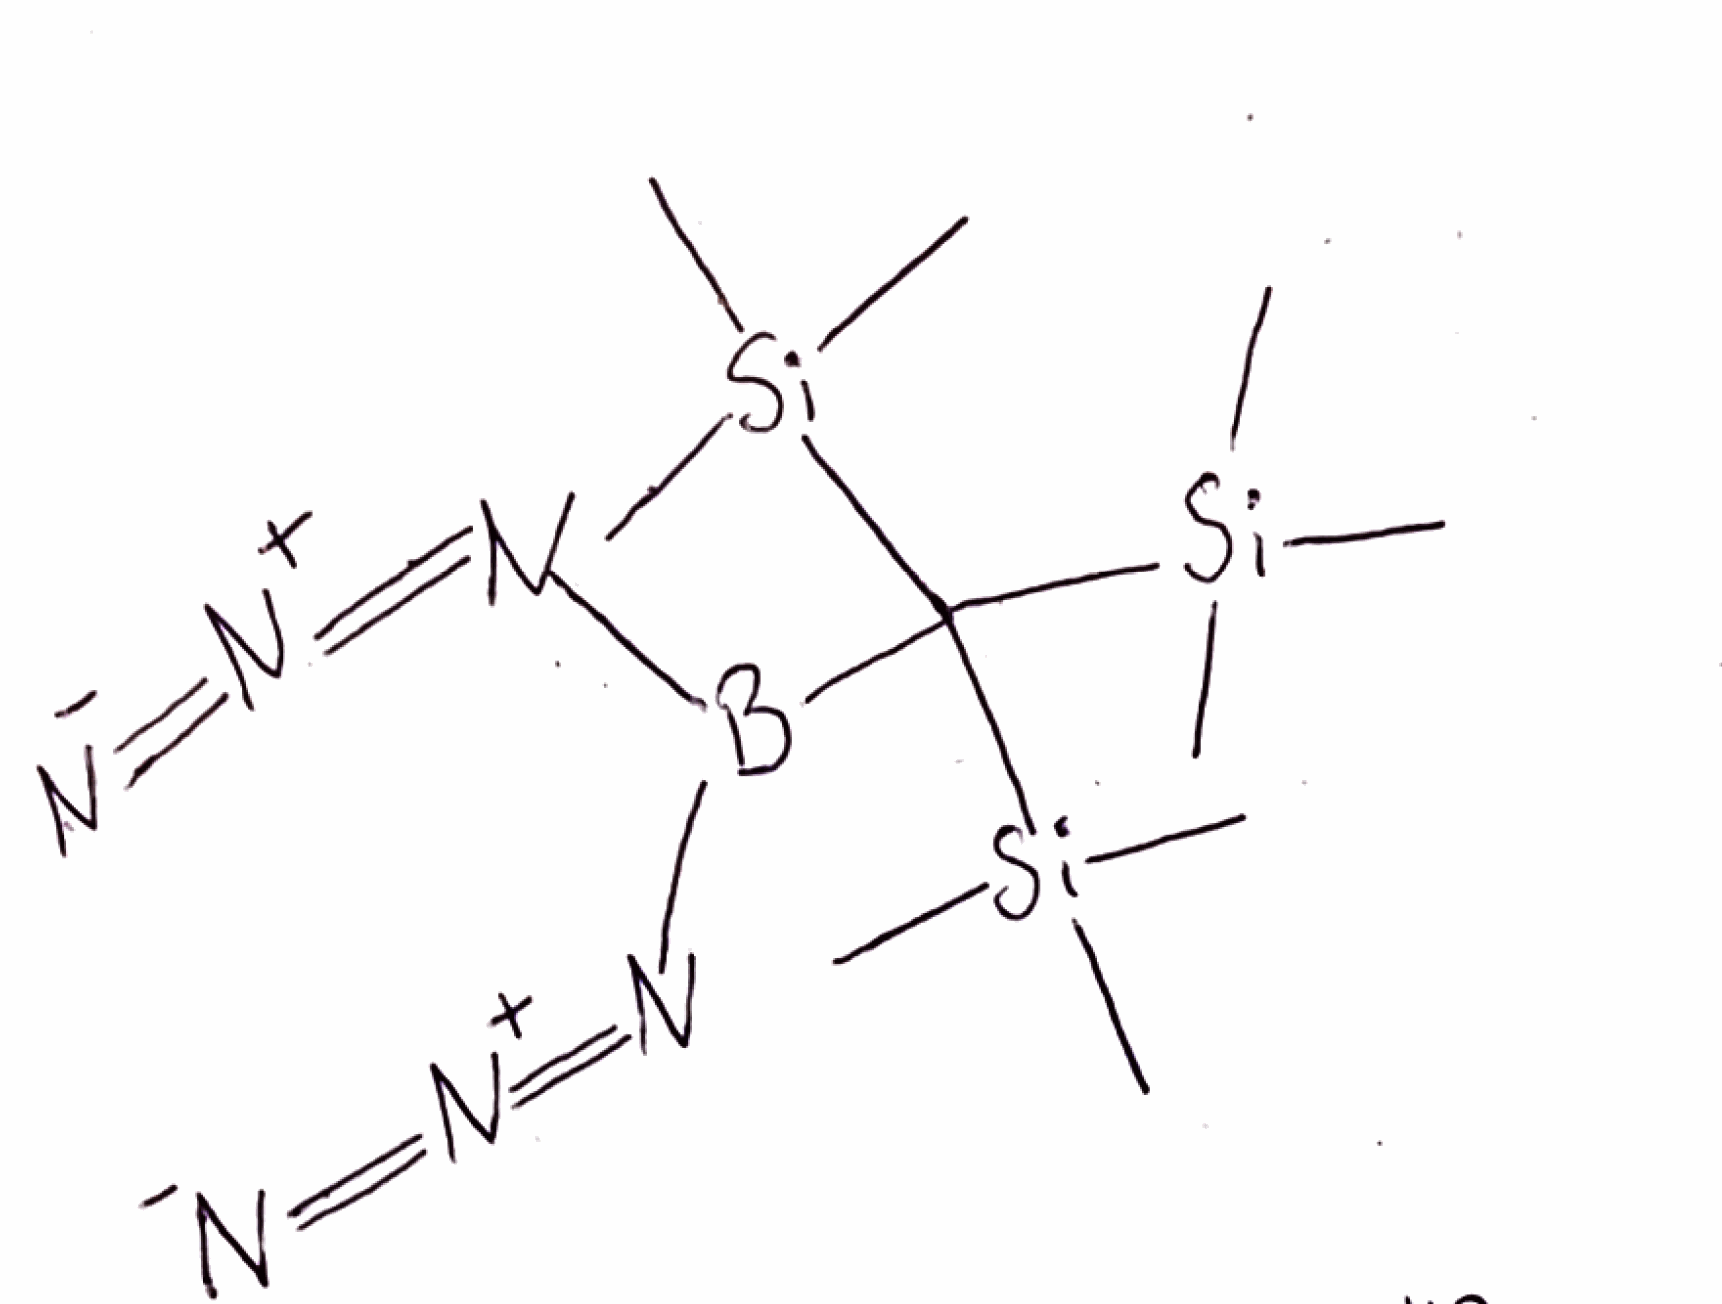
Simplified molecular-input line-entry system (SMILES) notation of the given molecule:
B(C([Si](C)(C)C)([Si](C)(C)C)[Si](C)(C)C)(N=[N+]=[N-])N=[N+]=[N-]